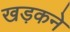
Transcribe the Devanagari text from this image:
खड़कने